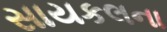
સાયકલના